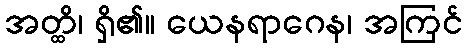
အတ္ထိ၊ ရှိ၏။ ယေနရာဂေန၊ အကြင်